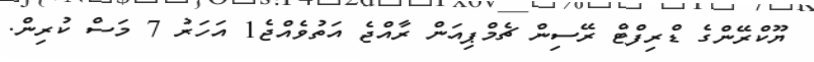
ޔޫކްރޭންގެ ޑްރިފްޓް ރޭސިން ޗެމްޕިއަން ރާއްޖެ އަތުވެއްޖެ1 އަހަރު 7 މަސް ކުރިން.